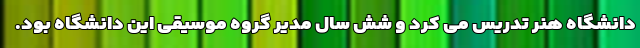
دانشگاه هنر تدریس می کرد و شش سال مدیر گروه موسیقی این دانشگاه بود.